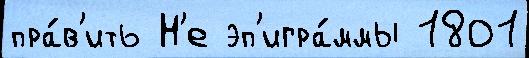
пра́в'ить Н'е эп'игра́ммы 1801